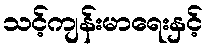
သင့်ကျန်းမာရေးနှင့်